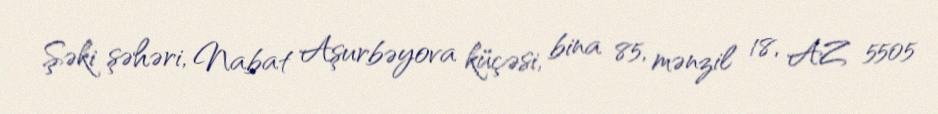
Şəki şəhəri, Nabat Aşurbəyova küçəsi, bina 85, mənzil 18, AZ 5505